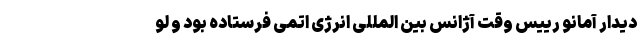
دیدار آمانو رییس وقت آژانس بین المللی انرژی اتمی فرستاده بود و لو